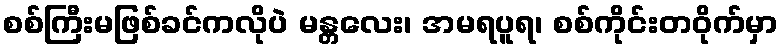
စစ်ကြီးမဖြစ်ခင်ကလိုပဲ မန္တလေး၊ အမရပူရ၊ စစ်ကိုင်းတဝိုက်မှာ